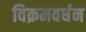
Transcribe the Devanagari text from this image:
विक्रमवर्धन